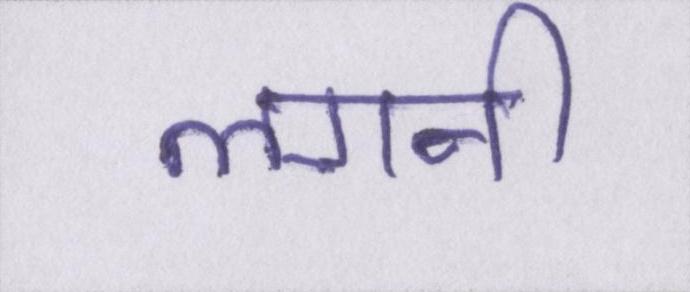
लगनी